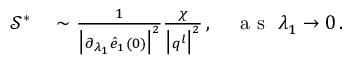
\begin{array} { r l } { \mathcal { S } ^ { * } } & { { } \sim \frac { 1 } { \big \vert \partial _ { \lambda _ { 1 } } \hat { e } _ { 1 } ( 0 ) \big \vert ^ { 2 } } \frac { \chi } { \big \vert \boldsymbol { q } ^ { l } \big \vert ^ { 2 } } \, , ~ ~ ~ \mathrm { ~ a ~ s ~ } ~ \lambda _ { 1 } \rightarrow 0 \, . } \end{array}